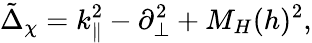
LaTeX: \tilde{\Delta}_{\chi}=k_{\| }^{2}-\partial_{\bot}^{2}+M_{H}(h)^{2},